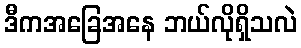
ဒီကအခြေအနေ ဘယ်လိုရှိသလဲ